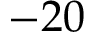
- 2 0